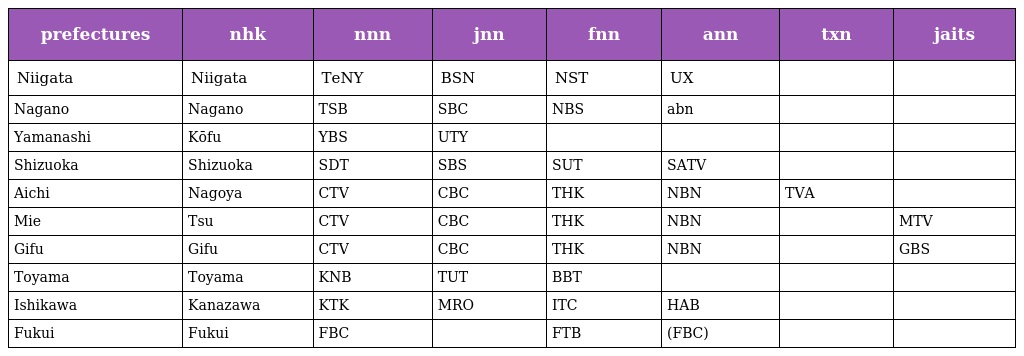
| prefectures | nhk | nnn | jnn | fnn | ann | txn | jaits |
 | --- | --- | --- | --- | --- | --- | --- | --- |
 | Niigata | Niigata | TeNY | BSN | NST | UX |  |  |
 | Nagano | Nagano | TSB | SBC | NBS | abn |  |  |
 | Yamanashi | Kōfu | YBS | UTY |  |  |  |  |
 | Shizuoka | Shizuoka | SDT | SBS | SUT | SATV |  |  |
 | Aichi | Nagoya | CTV | CBC | THK | NBN | TVA |  |
 | Mie | Tsu | CTV | CBC | THK | NBN |  | MTV |
 | Gifu | Gifu | CTV | CBC | THK | NBN |  | GBS |
 | Toyama | Toyama | KNB | TUT | BBT |  |  |  |
 | Ishikawa | Kanazawa | KTK | MRO | ITC | HAB |  |  |
 | Fukui | Fukui | FBC |  | FTB | (FBC) |  |  |